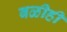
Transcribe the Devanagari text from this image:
बळीही